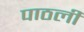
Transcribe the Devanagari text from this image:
पाठली